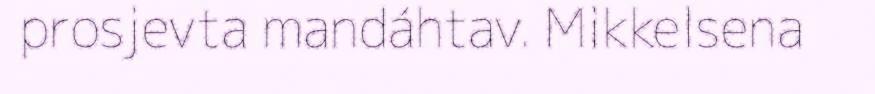
prosjevta mandáhtav. Mikkelsena